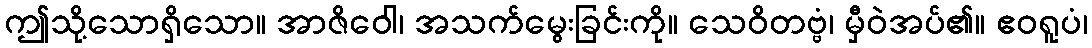
ဤသို့သောရှိသော။ အာဇိဝေါ၊ အသက်မွေးခြင်းကို။ သေဝိတဗ္ဗံ၊ မှီဝဲအပ်၏။ ဧဝရူပံ၊